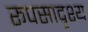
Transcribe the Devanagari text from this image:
रूपसादृश्य